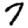
Digit: 7